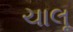
ચાલૂ